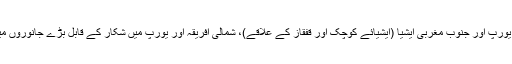
یورپی سرخ ہرن یورپ اور جنوب مغربی ایشیا (ایشیائے کوچک اور قفقاز کے علاقے)، شمالی افریقہ اور یورپ میں شکار کے قابل بڑے جانوروں میں شمار ہوتا ہے۔